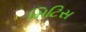
સિટિસ